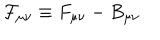
{ \cal { F } } _ { \mu \nu } \equiv F _ { \mu \nu } - B _ { \mu \nu }